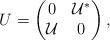
LaTeX: \begin{align*}U=\left(\begin{matrix}0 & \mathcal{U}^\ast \cr \mathcal{U} & 0\cr\end{matrix}\right),\end{align*}